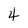
Character: 4